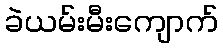
ခဲယမ်းမီးကျောက်